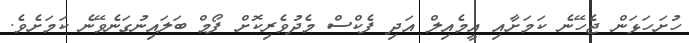
ހުށަހަޅަން ޖެހޭނެ ކަމަށާއި އީމެއިލް އަދި ފެކްސް މެދުވެރިކޮށް ފޯމް ބަލައިނުގަނެވޭނެ ކަމަށެވެ.